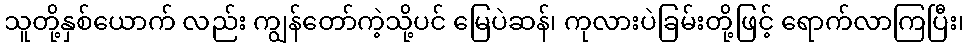
သူတို့နှစ်ယောက် လည်း ကျွန်တော်ကဲ့သို့ပင် မြေပဲဆန်၊ ကုလားပဲခြမ်းတို့ဖြင့် ရောက်လာကြပြီး၊